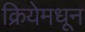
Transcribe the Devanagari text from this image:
क्रियेमधून